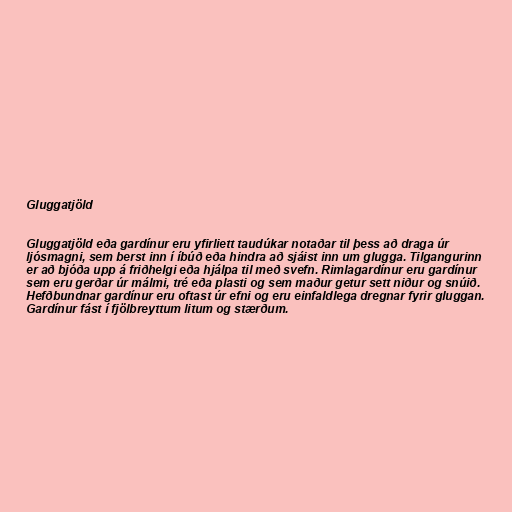
Gluggatjöld

Gluggatjöld eða gardínur eru yfirliett taudúkar notaðar til þess að draga úr
ljósmagni, sem berst inn í íbúð eða hindra að sjáist inn um glugga. Tilgangurinn
er að bjóða upp á friðhelgi eða hjálpa til með svefn. Rimlagardínur eru gardínur
sem eru gerðar úr málmi, tré eða plasti og sem maður getur sett niður og snúið.
Hefðbundnar gardínur eru oftast úr efni og eru einfaldlega dregnar fyrir gluggan.
Gardínur fást í fjölbreyttum litum og stærðum.